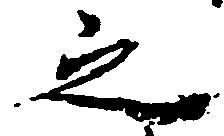
之